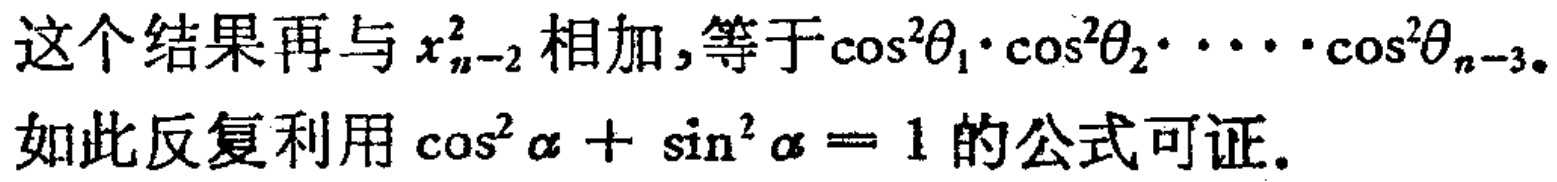
这个结果再与 \(x_{n - 2}^{2}\) 相加，等于\(\cos^{2}\theta_{1}\cdot\cos^{2}\theta_{2}\cdot\cdots\cdot\cos^{2}\theta_{n - 3}\)。
如此反复利用 \(\cos^{2}\alpha+\sin^{2}\alpha = 1\) 的公式可证。